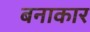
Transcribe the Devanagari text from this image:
बनाकार